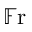
\mathbb { F } \mathrm { r }